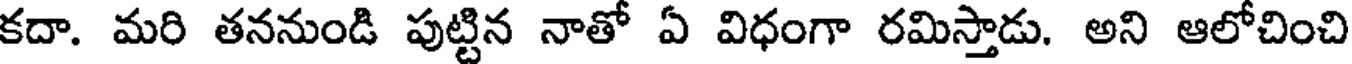
కదా. మరి తననుండి పుట్టిన నాతో ఏ విధంగా రమిస్తాడు. అని ఆలోచించి